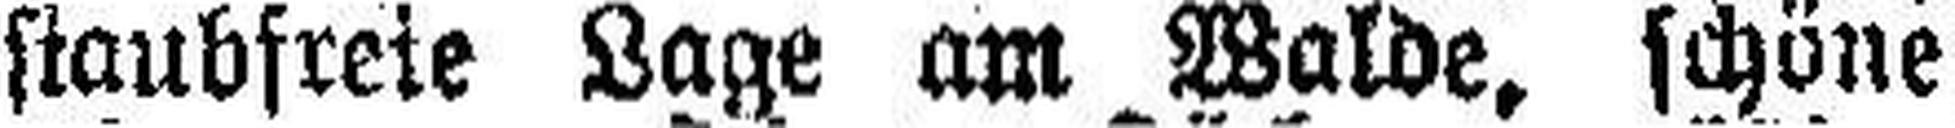
staubfreie Lage am Walde, schöne